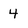
Character: 4